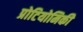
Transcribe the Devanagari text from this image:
प्रोटियोमिकी